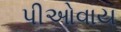
પીઓવાય